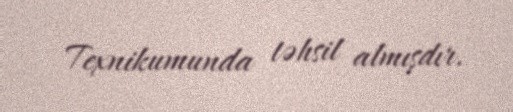
Texnikumunda təhsil almışdır.